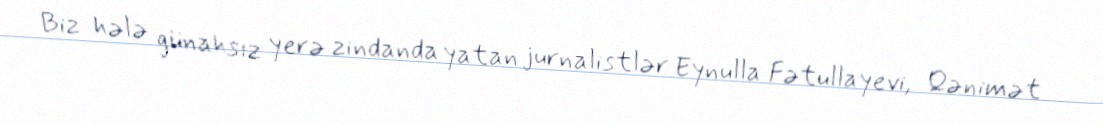
Biz hələ günahsız yerə zindanda yatan jurnalistlər Eynulla Fətullayevi, Qənimət